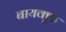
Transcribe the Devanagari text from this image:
बायक्कू